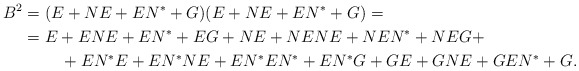
\begin{align*}B^2& = (E+NE+EN^*+G)(E+NE+EN^*+G)= \\ & = E+ENE+EN^*+EG + NE+NENE+NEN^*+NEG +\\ & \quad\quad\ + EN^*E+EN^*NE+EN^*EN^*+EN^*G + GE+GNE+GEN^*+G.\end{align*}